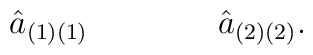
{\hat a}_{(1)(1)} \qquad \qquad{\hat a}_{(2)(2)}.